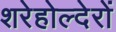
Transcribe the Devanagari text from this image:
शरेहोल्देरों